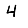
Digit: 4